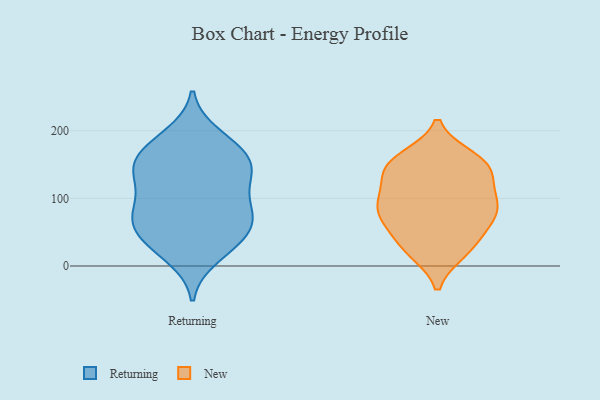
{"axis": {"x": "Latency (ms)", "y": "Value"}, "legend": ["New", "Returning"], "data": [{"x": "", "y": 148, "type": "Returning"}, {"x": "", "y": 81, "type": "Returning"}, {"x": "", "y": 137, "type": "Returning"}, {"x": "", "y": 178, "type": "Returning"}, {"x": "", "y": 14, "type": "Returning"}, {"x": "", "y": 138, "type": "Returning"}, {"x": "", "y": 64, "type": "Returning"}, {"x": "", "y": 124, "type": "Returning"}, {"x": "", "y": 93, "type": "Returning"}, {"x": "", "y": 53, "type": "Returning"}, {"x": "", "y": 33, "type": "Returning"}, {"x": "", "y": 158, "type": "Returning"}, {"x": "", "y": 31, "type": "Returning"}, {"x": "", "y": 55, "type": "Returning"}, {"x": "", "y": 176, "type": "Returning"}, {"x": "", "y": 193, "type": "Returning"}, {"x": "", "y": 73, "type": "Returning"}, {"x": "", "y": 88, "type": "Returning"}, {"x": "", "y": 147, "type": "Returning"}, {"x": "", "y": 74, "type": "New"}, {"x": "", "y": 47, "type": "New"}, {"x": "", "y": 23, "type": "New"}, {"x": "", "y": 28, "type": "New"}, {"x": "", "y": 155, "type": "New"}, {"x": "", "y": 160, "type": "New"}, {"x": "", "y": 77, "type": "New"}, {"x": "", "y": 137, "type": "New"}, {"x": "", "y": 108, "type": "New"}, {"x": "", "y": 99, "type": "New"}, {"x": "", "y": 67, "type": "New"}, {"x": "", "y": 142, "type": "New"}, {"x": "", "y": 81, "type": "New"}, {"x": "", "y": 152, "type": "New"}, {"x": "", "y": 21, "type": "New"}, {"x": "", "y": 85, "type": "New"}, {"x": "", "y": 109, "type": "New"}, {"x": "", "y": 148, "type": "New"}]}